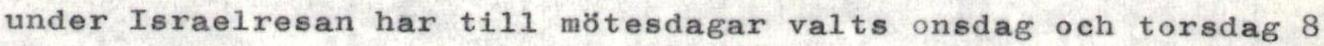
under Israelresan har till mötesdagar valts onsdag och torsdag 8